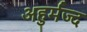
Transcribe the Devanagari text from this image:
अहुर्मज्द